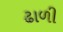
ઢાળી